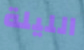
الليلة